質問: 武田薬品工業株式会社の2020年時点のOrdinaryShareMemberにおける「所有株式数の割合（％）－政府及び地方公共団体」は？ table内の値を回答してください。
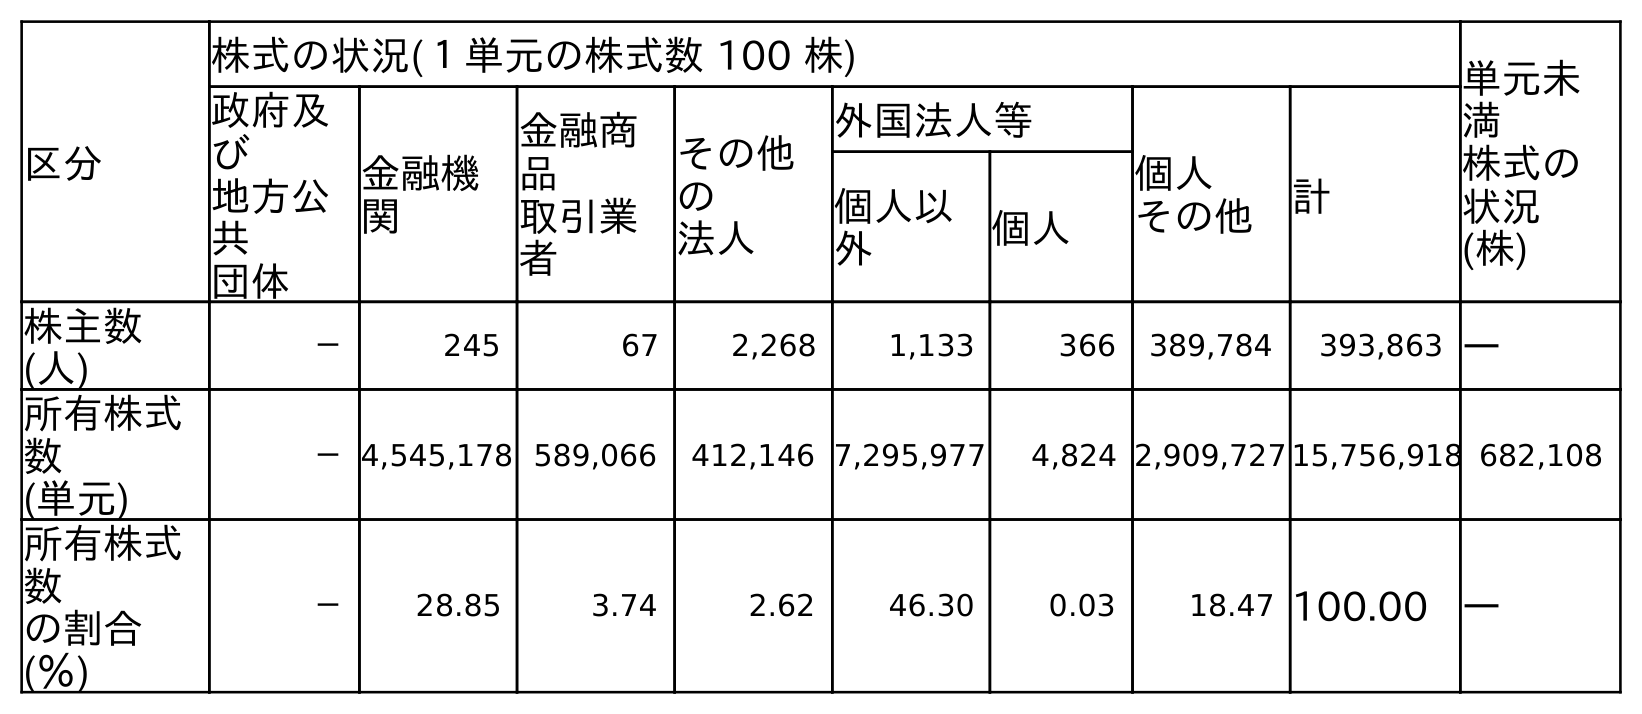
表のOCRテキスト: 区分 株式の状況(１単元の株式数 100 株) 単元未 満 株式の 状況 (株) 政府及 び 地方公 共 団体 金融機 関 金融商 品 取引業 者 その他 の 法人 外国法人等 個人 その他 計 個人以 外 個人 株主数 (人) － 245 67 2,268 1,133 366 389,784 393,863 ― 所有株式 数 (単元) －4,545,178 589,066 412,146 7,295,977 4,824 2,909,727 15,756,918 682,108 所有株式 数 の割合 (％) － 28.85 3.74 2.62 46.30 0.03 18.47 100.00 ―
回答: －